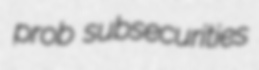
prob subsecurities